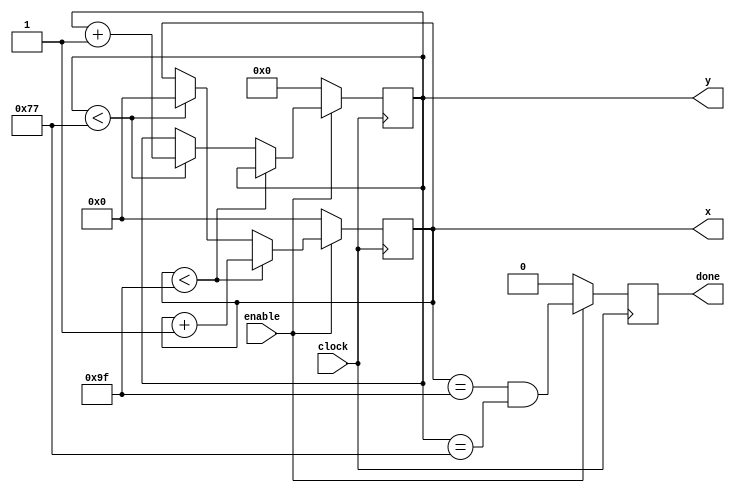
// goes through all legal coordinates of the screen
module xycounter(
	output reg [7:0] x,
	output reg [6:0] y,
	output reg done,
	input clock,
	input enable
);

	always @ (posedge clock)
	begin
		// when enable is raised, start counting
		if (enable)
		begin
			if (x < 159)
			begin
				x <= x + 8'h01;
			end
			else
			begin
				if (y < 119)
				begin
					y <= y + 7'h01;
					x <= 8'h00;
				end
			end
			done <= (x == 159 && y == 119);
		end
		else
		begin
			x <= 8'h00;
			y <= 7'h00;
			done <= 1'b0;
		end
	end

endmodule